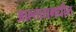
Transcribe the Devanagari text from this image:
आल्तायमधील